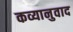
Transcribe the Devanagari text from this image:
कव्यानुवाद